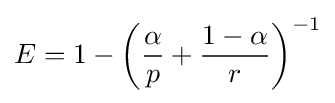
E=1-\left({\frac {\alpha }{p}}+{\frac {1-\alpha }{r}}\right)^{-1}